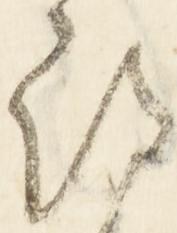
被